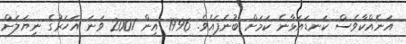
އަނެއްކާވެސް ކަނޑައަޅާނެ ކަމަށް ބުނެފައެވެ. 1996 އިން 2001 ވަނަ އަހަރުގެ ނިޔަލަށް